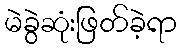
မဲခွဲဆုံးဖြတ်ခဲ့ရာ